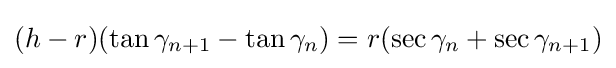
(h-r)(\tan \gamma _{n+1}-\tan \gamma _{n})=r(\sec \gamma _{n}+\sec \gamma _{n+1})